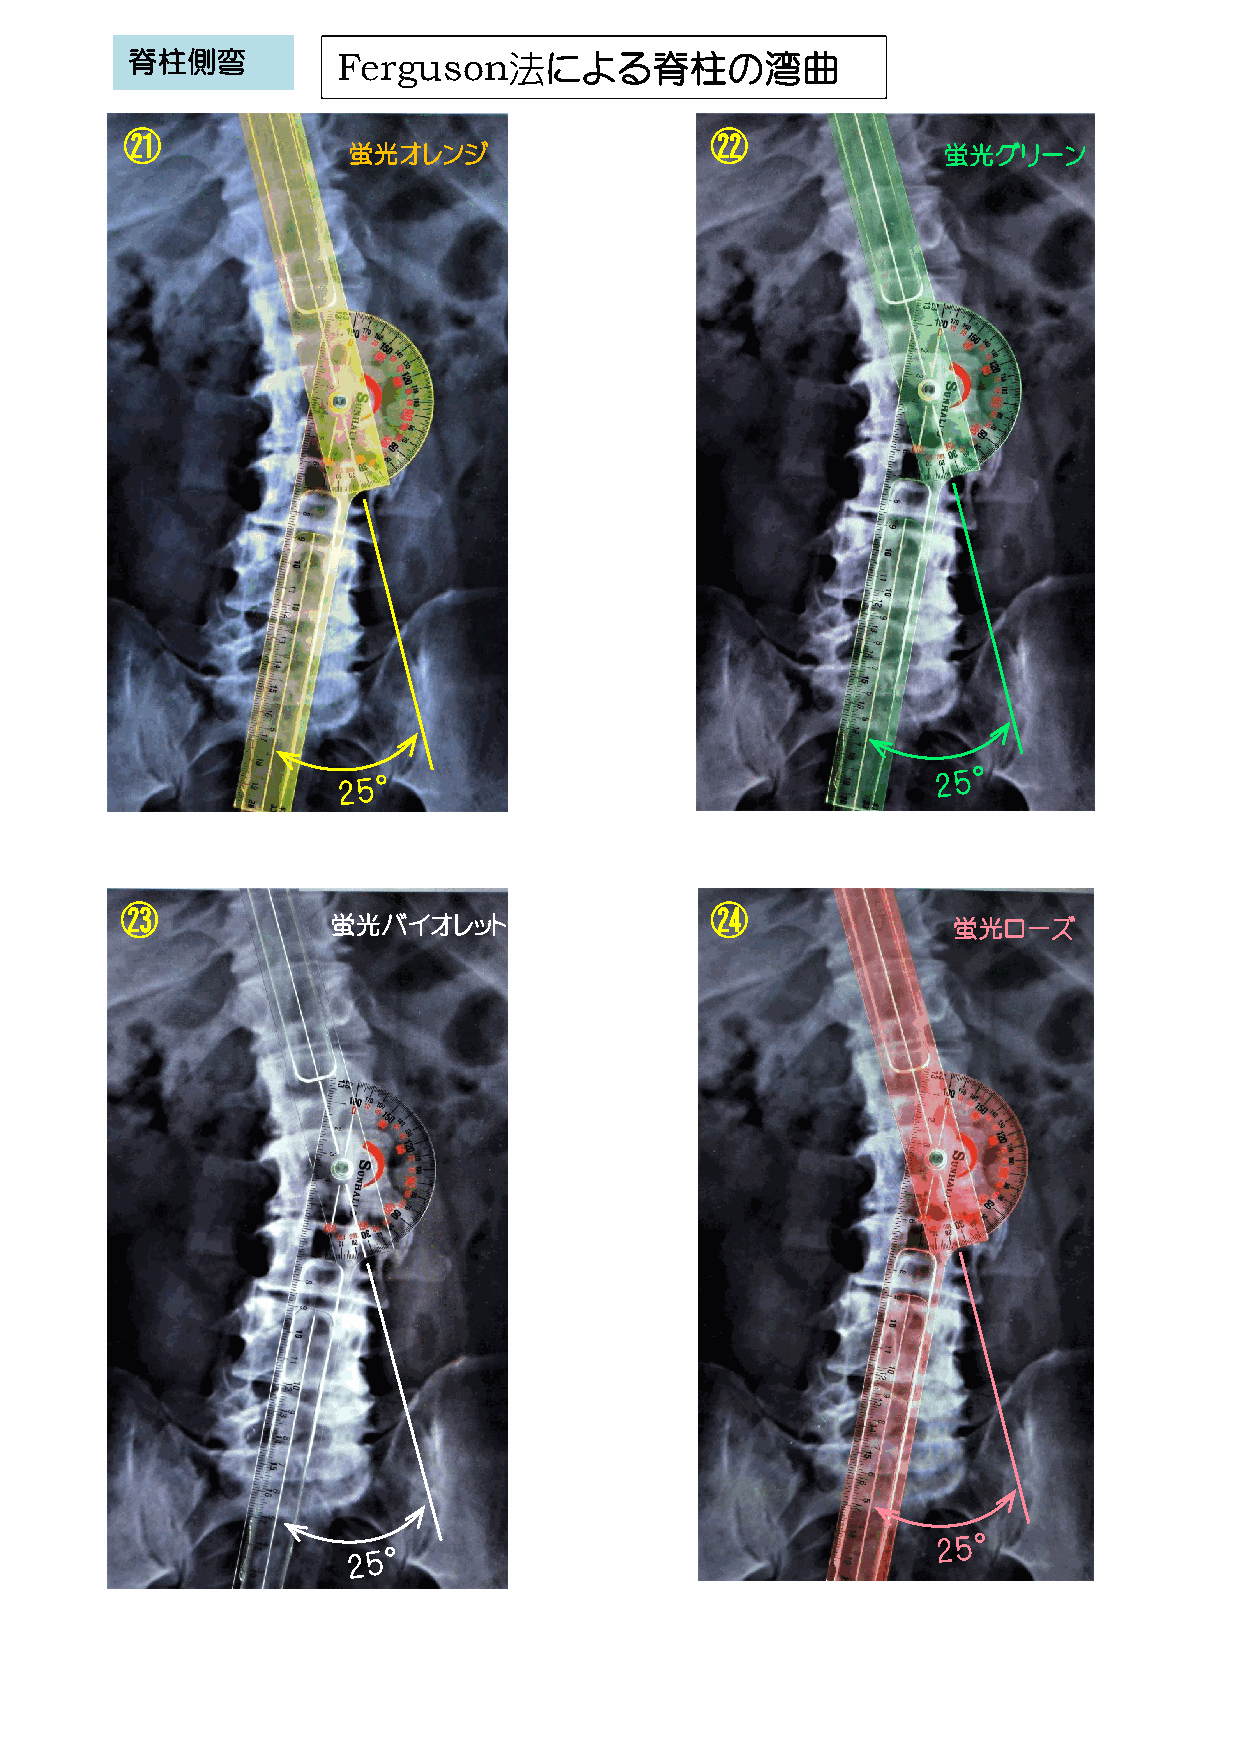
脊柱側弯          Ferguson法による脊柱の湾曲
 ㉑                                      ㉒
 蛍光オレンジ                                 蛍光グリーン
 ㉓                                      ㉔
 蛍光バイオレット                                 蛍光ローズ